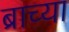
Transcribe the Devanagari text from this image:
ब्राच्या